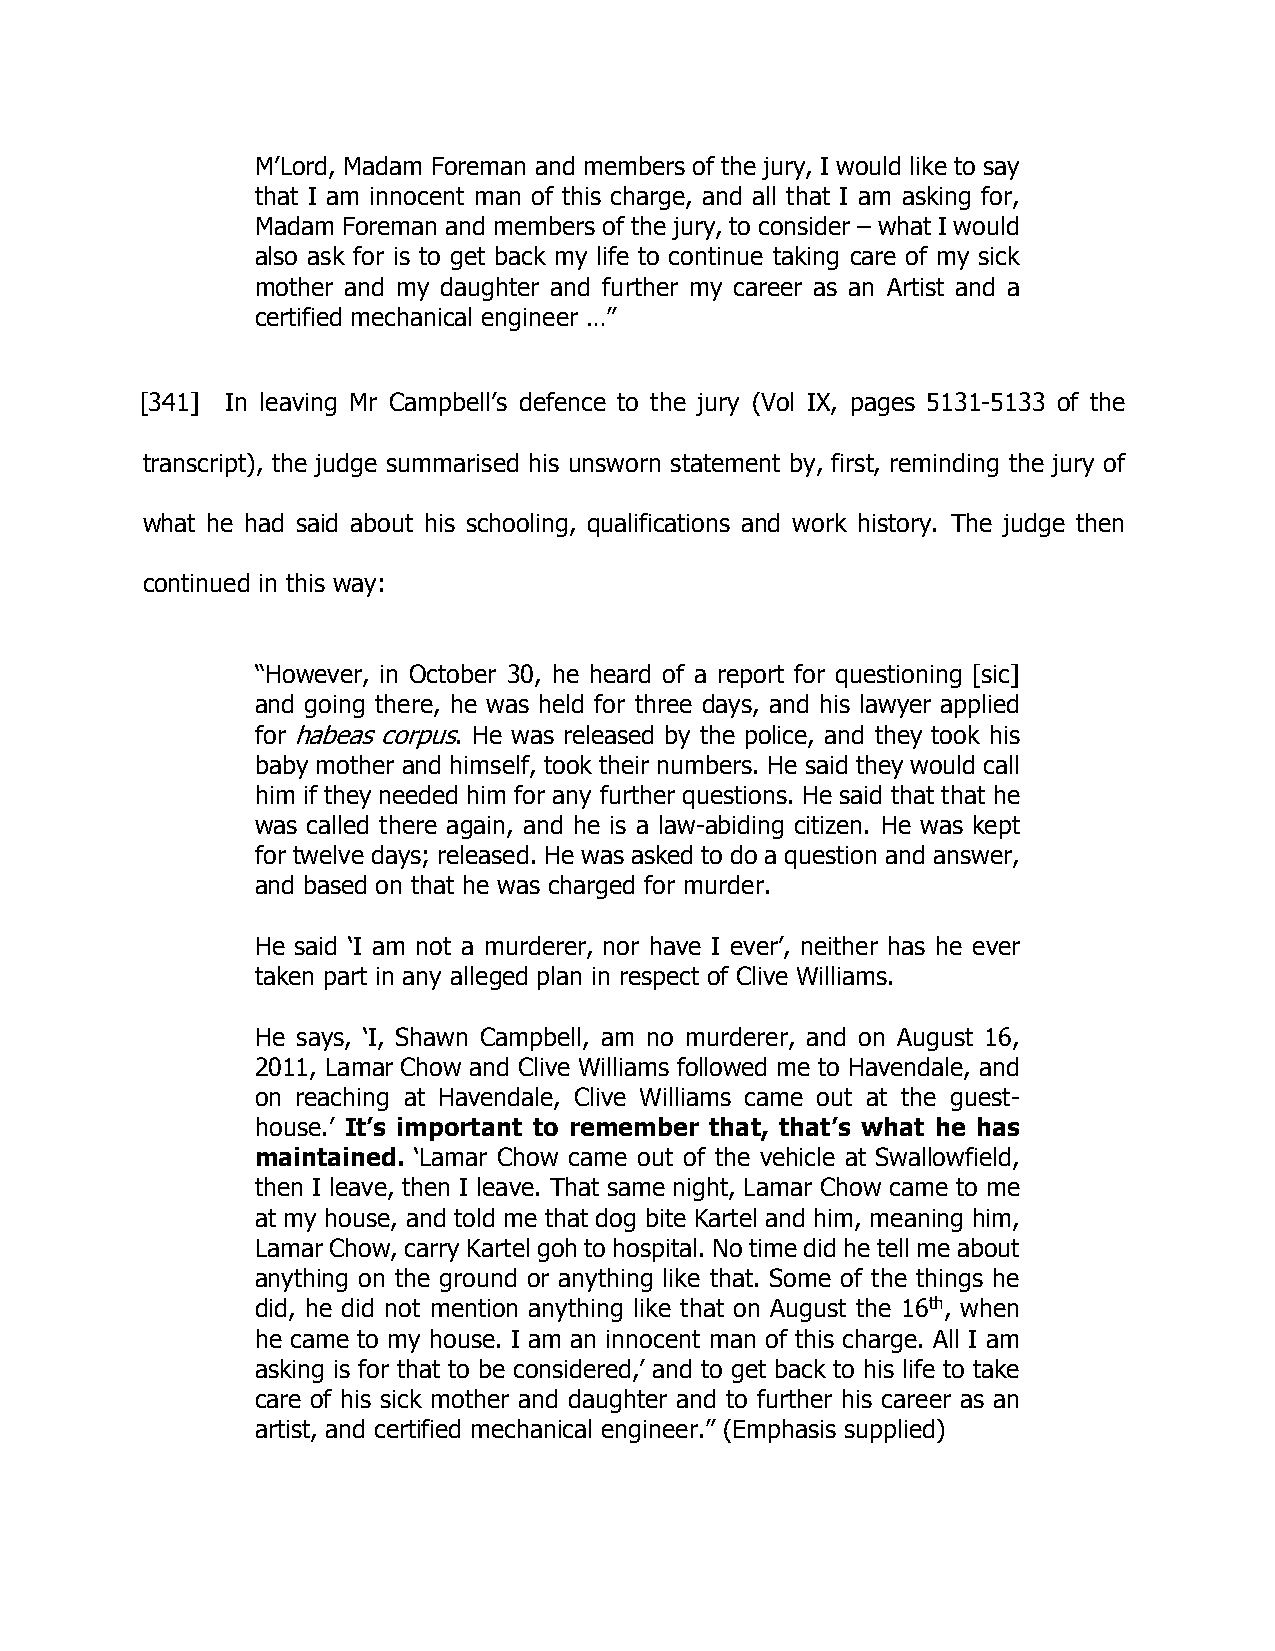
M’Lord, Madam Foreman and members of the jury, I would like to say
 that I am innocent man of this charge, and all that I am asking for,
 Madam Foreman and members of the jury, to consider – what I would
 also ask for is to get back my life to continue taking care of my sick
 mother and my daughter and further my career as an Artist and a
 certified mechanical engineer …”
 [341] In leaving Mr Campbell’s defence to the jury (Vol IX, pages 5131-5133 of the
 transcript), the judge summarised his unsworn statement by, first, reminding the jury of
 what he had said about his schooling, qualifications and work history. The judge then
 continued in this way:
 “However, in October 30, he heard of a report for questioning [sic]
 and going there, he was held for three days, and his lawyer applied
 for habeas corpus. He was released by the police, and they took his
 baby mother and himself, took their numbers. He said they would call
 him if they needed him for any further questions. He said that that he
 was called there again, and he is a law-abiding citizen. He was kept
 for twelve days; released. He was asked to do a question and answer,
 and based on that he was charged for murder.
 He said ‘I am not a murderer, nor have I ever’, neither has he ever
 taken part in any alleged plan in respect of Clive Williams.
 He says, ‘I, Shawn Campbell, am no murderer, and on August 16,
 2011, Lamar Chow and Clive Williams followed me to Havendale, and
 on reaching at Havendale, Clive Williams came out at the guest-
 house.’ It’s important to remember that, that’s what he has
 maintained. ‘Lamar Chow came out of the vehicle at Swallowfield,
 then I leave, then I leave. That same night, Lamar Chow came to me
 at my house, and told me that dog bite Kartel and him, meaning him,
 Lamar Chow, carry Kartel goh to hospital. No time did he tell me about
 anything on the ground or anything like that. Some of the things he
 did, he did not mention anything like that on August the 16th, when
 he came to my house. I am an innocent man of this charge. All I am
 asking is for that to be considered,’ and to get back to his life to take
 care of his sick mother and daughter and to further his career as an
 artist, and certified mechanical engineer.” (Emphasis supplied)